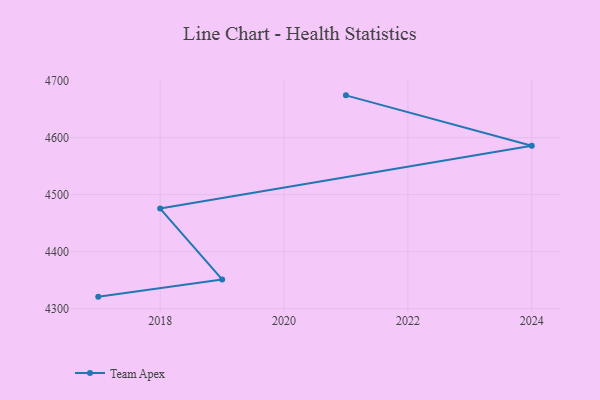
{"axis": {"x": "Year", "y": "Website Visitors"}, "legend": ["Team Apex"], "data": [{"x": "2021", "y": 4674.3, "type": "Team Apex"}, {"x": "2024", "y": 4585.9, "type": "Team Apex"}, {"x": "2018", "y": 4475.7, "type": "Team Apex"}, {"x": "2019", "y": 4351.3, "type": "Team Apex"}, {"x": "2017", "y": 4321.1, "type": "Team Apex"}]}